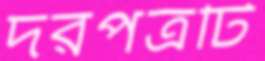
দরপত্রটি